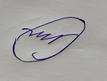
Signature authenticity: forged